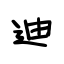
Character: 迪